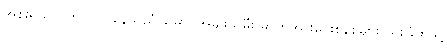
အစိုးရသာ ကြိုင်လှိုင်နေသည် မြောင်အမျိုးသမီး ဓာတ်အားပေးစနစ်များ သိုးခြံထဲသို့